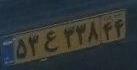
۵۳ع۳۳۸۴۴